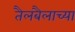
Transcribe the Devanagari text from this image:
तैलबैलाच्या